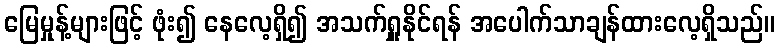
မြေမှုန့်များဖြင့် ဖုံး၍ နေလေ့ရှိ၍ အသက်ရှူနိုင်ရန် အပေါက်သာချန်ထားလေ့ရှိသည်။